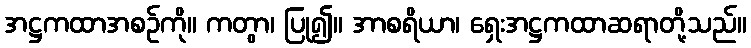
အဋ္ဌကထာအစဉ်ကို။ ကတွာ၊ ပြု၍။ အာစရိယာ၊ ရှေးအဋ္ဌကထာဆရာတို့သည်။